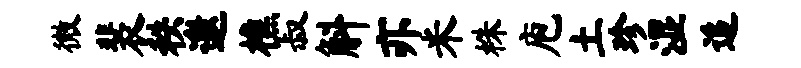
微裴秩邀樵叔斛亦米株庖土珍湿追